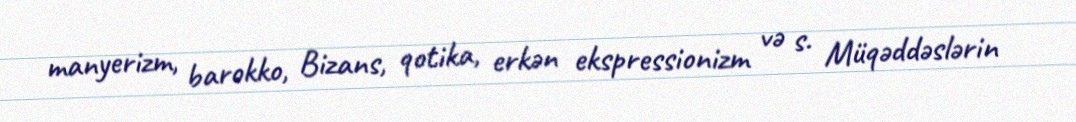
manyerizm, barokko, Bizans, qotika, erkən ekspressionizm və s. Müqəddəslərin